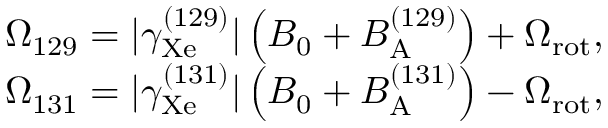
\begin{array} { r } { \Omega _ { 1 2 9 } = \vert \gamma _ { \mathrm { X e } } ^ { ( 1 2 9 ) } \vert \left( B _ { 0 } + B _ { \mathrm { A } } ^ { ( 1 2 9 ) } \right) + \Omega _ { \mathrm { { r o t } } } , } \\ { \Omega _ { 1 3 1 } = \vert \gamma _ { \mathrm { X e } } ^ { ( 1 3 1 ) } \vert \left( B _ { 0 } + B _ { \mathrm { A } } ^ { ( 1 3 1 ) } \right) - \Omega _ { \mathrm { r o t } } , } \end{array}